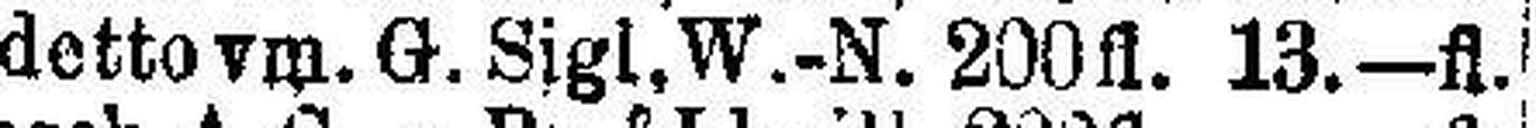
detto vm. G. Sigl, W.-N. 200fl. 13.—fl.